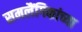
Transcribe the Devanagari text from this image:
समलैंगिकांच्या